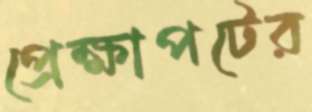
প্রেক্ষাপটের